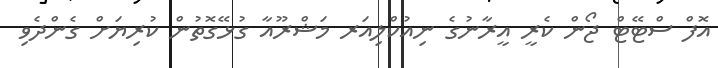
އޮފް ސްޓޭޓް ޖޯން ކެރީ އީރާނުގެ ނިއުކްލިއަރ މަޝްރޫއާ ގުޅޭގޮތުން ކުރިޔަށް ގެންދެވި